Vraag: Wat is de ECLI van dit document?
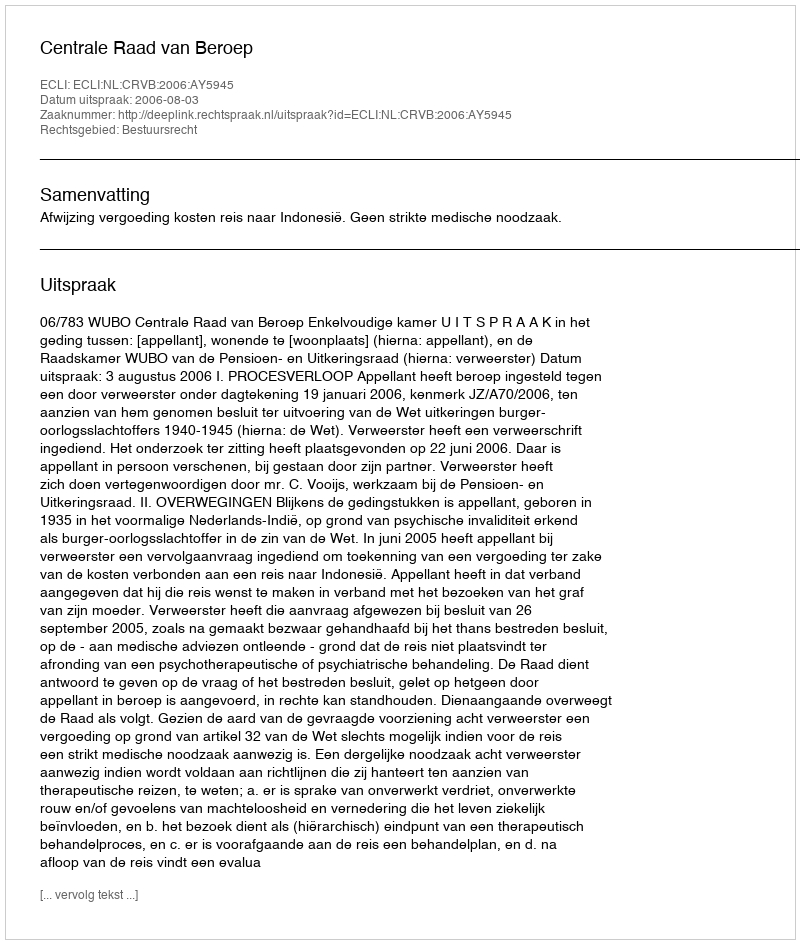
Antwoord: ECLI:NL:CRVB:2006:AY5945